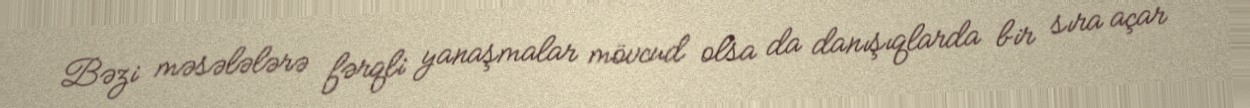
Bəzi məsələlərə fərqli yanaşmalar mövcud olsa da danışıqlarda bir sıra açar